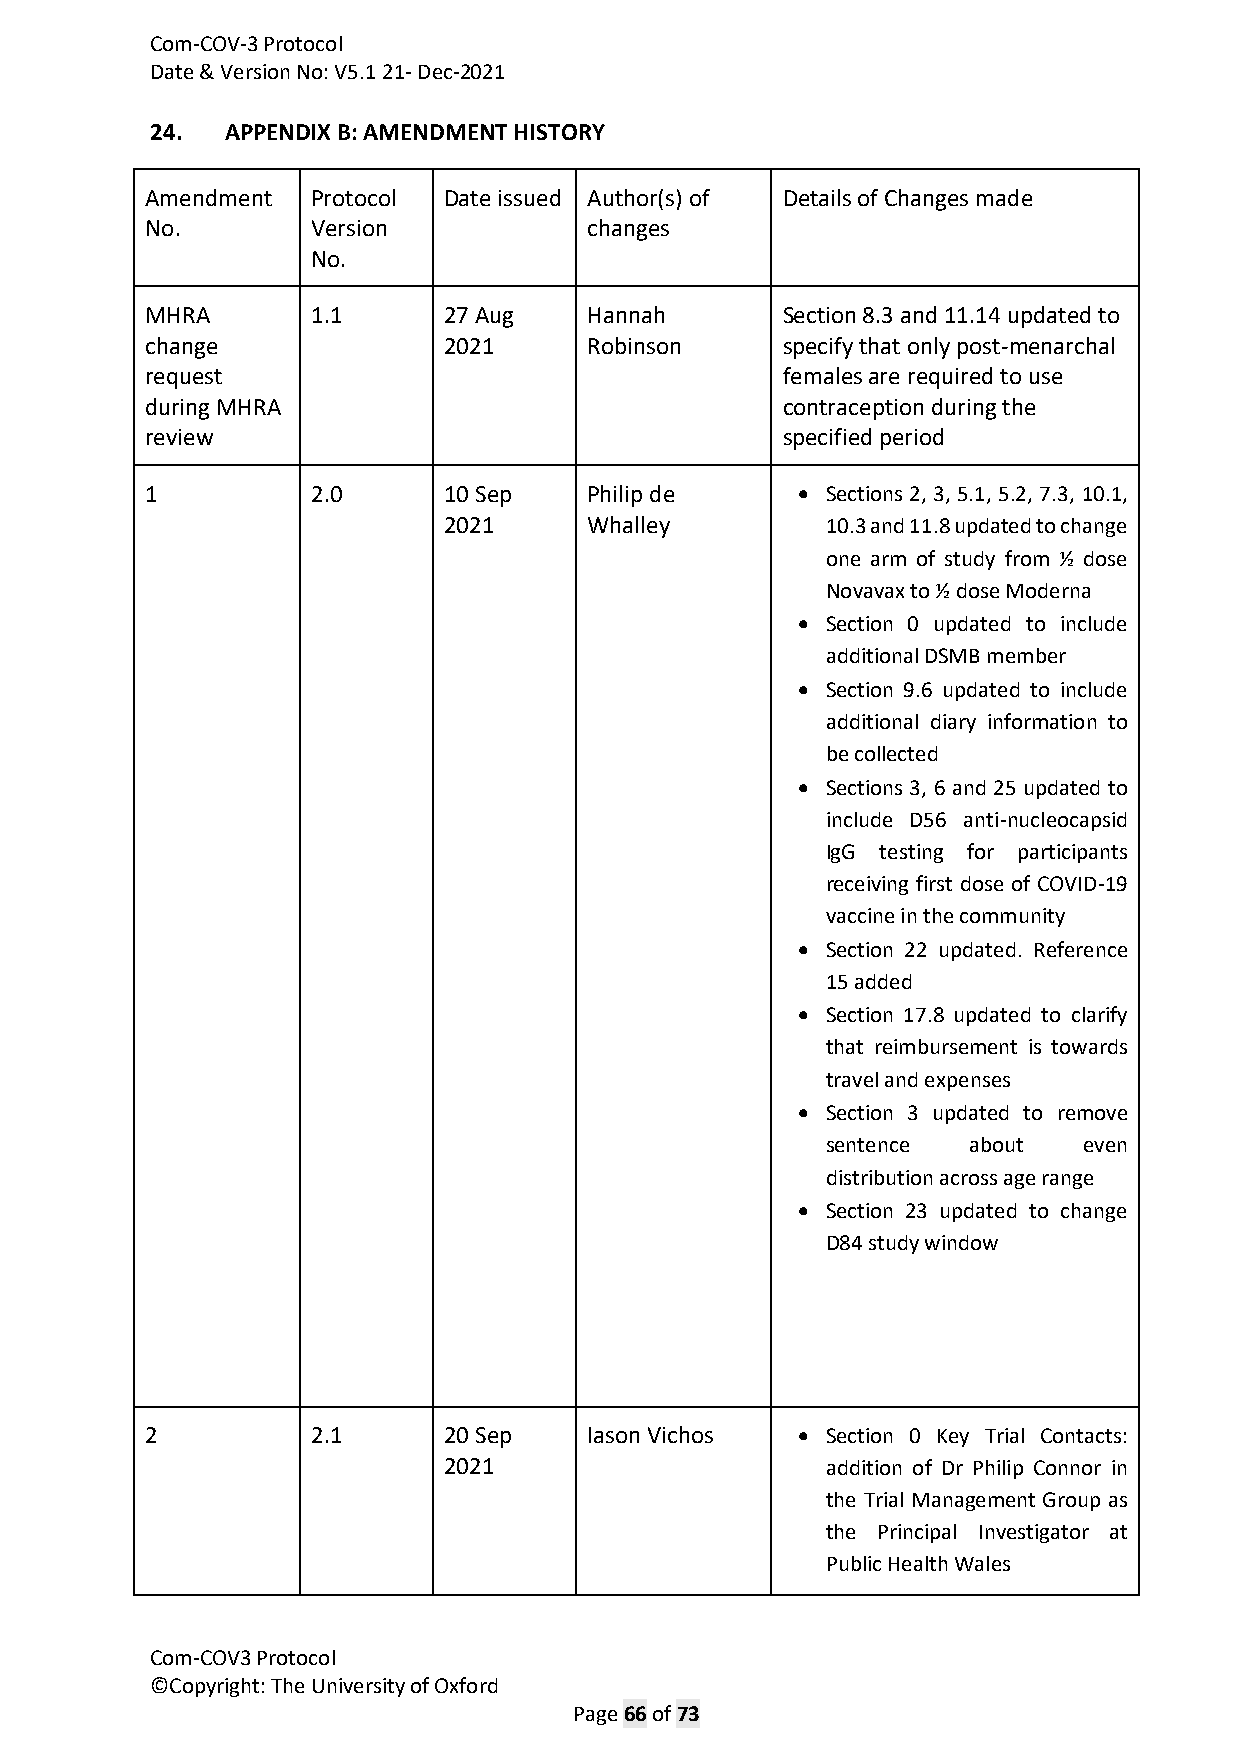
Com-COV-3 Protocol
 Date & Version No: V5.1 21- Dec-2021
 24.  APPENDIX B: AMENDMENT HISTORY
 Amendment  Protocol Date issued Author(s) of Details of Changes made
 No.        Version           changes
 No.
 MHRA       1.1     27 Aug    Hannah       Section 8.3 and 11.14 updated to
 change             2021      Robinson     specify that only post-menarchal
 request                                   females are required to use
 during MHRA                               contraception during the
 review                                    specified period
 1          2.0     10 Sep    Philip de     • Sections 2, 3, 5.1, 5.2, 7.3, 10.1,
 2021      Whalley         10.3 and 11.8 updated to change
 one arm of study from ½ dose
 Novavax to ½ dose Moderna
 • Section 0 updated to include
 additional DSMB member
 • Section 9.6 updated to include
 additional diary information to
 be collected
 • Sections 3, 6 and 25 updated to
 include D56 anti-nucleocapsid
 IgG testing for participants
 receiving first dose of COVID-19
 vaccine in the community
 • Section 22 updated. Reference
 15 added
 • Section 17.8 updated to clarify
 that reimbursement is towards
 travel and expenses
 • Section 3 updated to remove
 sentence about   even
 distribution across age range
 • Section 23 updated to change
 D84 study window
 2          2.1     20 Sep    Iason Vichos  • Section 0 Key Trial Contacts:
 2021                      addition of Dr Philip Connor in
 the Trial Management Group as
 the Principal Investigator at
 Public Health Wales
 Com-COV3 Protocol
 ©Copyright: The University of Oxford
 Page 66 of 73